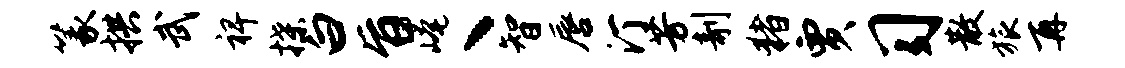
篆拱武裨揲白旨崦丶智唇汀芳剞猪贾习散旅再